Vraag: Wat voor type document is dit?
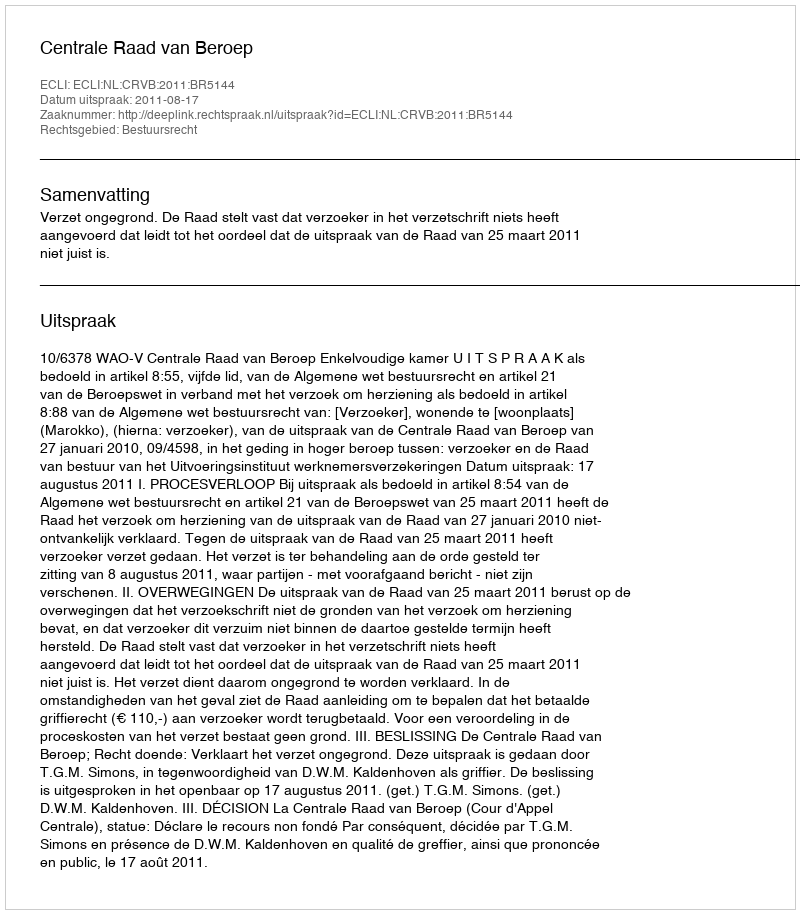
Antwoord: Uitspraak